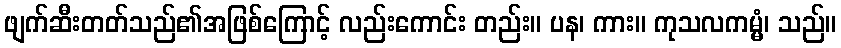
ဖျက်ဆီးတတ်သည်၏အဖြစ်ကြောင့် လည်းကောင်း တည်း။ ပန၊ ကား။ ကုသလကမ္မံ၊ သည်။